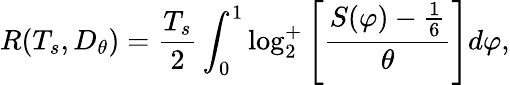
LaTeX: R(T_{s},D_{\theta})={\frac{T_{s}}{2}}\int_{0}^{1}\log_{2}^{+}\left[{\frac{S(\varphi)-{\frac{1}{6}}}{\theta}}\right]d\varphi,